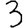
Digit: 3